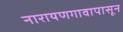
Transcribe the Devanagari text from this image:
नारायणगावापासून